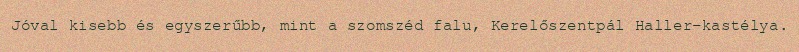
Jóval kisebb és egyszerűbb, mint a szomszéd falu, Kerelőszentpál Haller-kastélya.